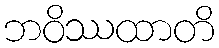
ဘဝိဿထာတိ